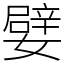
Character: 嬖